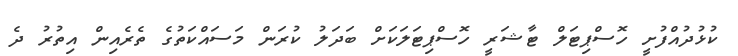
ކުޅުދުއްފުށީ ހޮސްޕިޓަލް ޓާޝަރީ ހޮސްޕިޓަލަކަށް ބަދަލު ކުރަން މަސައްކަތުގެ ތެރެއިން އިތުރު ދެ